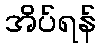
အိပ်ရန်